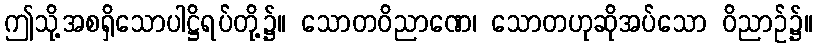
ဤသို့အစရှိသောပါဋ္ဌိရပ်တို့၌။ သောတဝိညာဏေ၊ သောတဟုဆိုအပ်သော ဝိညာဉ်၌။